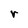
Character: r